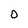
Character: 0